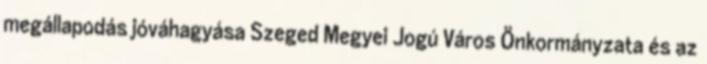
megállapodás jóváhagyása Szeged Megyei Jogú Város Önkormányzata és az